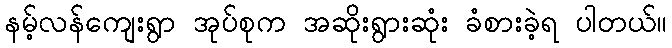
နမ့်လန်ကျေးရွာ အုပ်စုက အဆိုးရွားဆုံး ခံစားခဲ့ရ ပါတယ်။